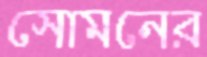
সোমনের